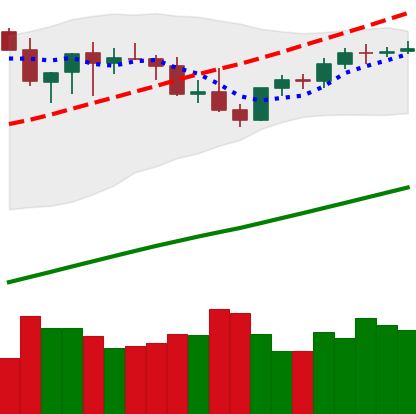
Ticker: BTC-USD
Chart end date: 2021-04-02
Forward return: -5.617%
Label: down_5_7